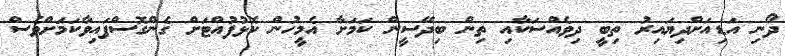
ދޯނި އަޑިއަށްދިޔައިރު ތިބީ ދިވެއްސަކާއި ތިން ބިދޭސީން ކަމަށާ އެމީހުން ކޮޅުފުއްޓަށް ގެންގޮސްފައިވާކަަމަށްވެސް